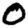
Digit: 0